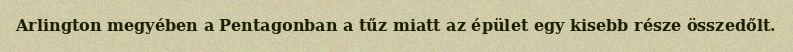
Arlington megyében a Pentagonban a tűz miatt az épület egy kisebb része összedőlt.